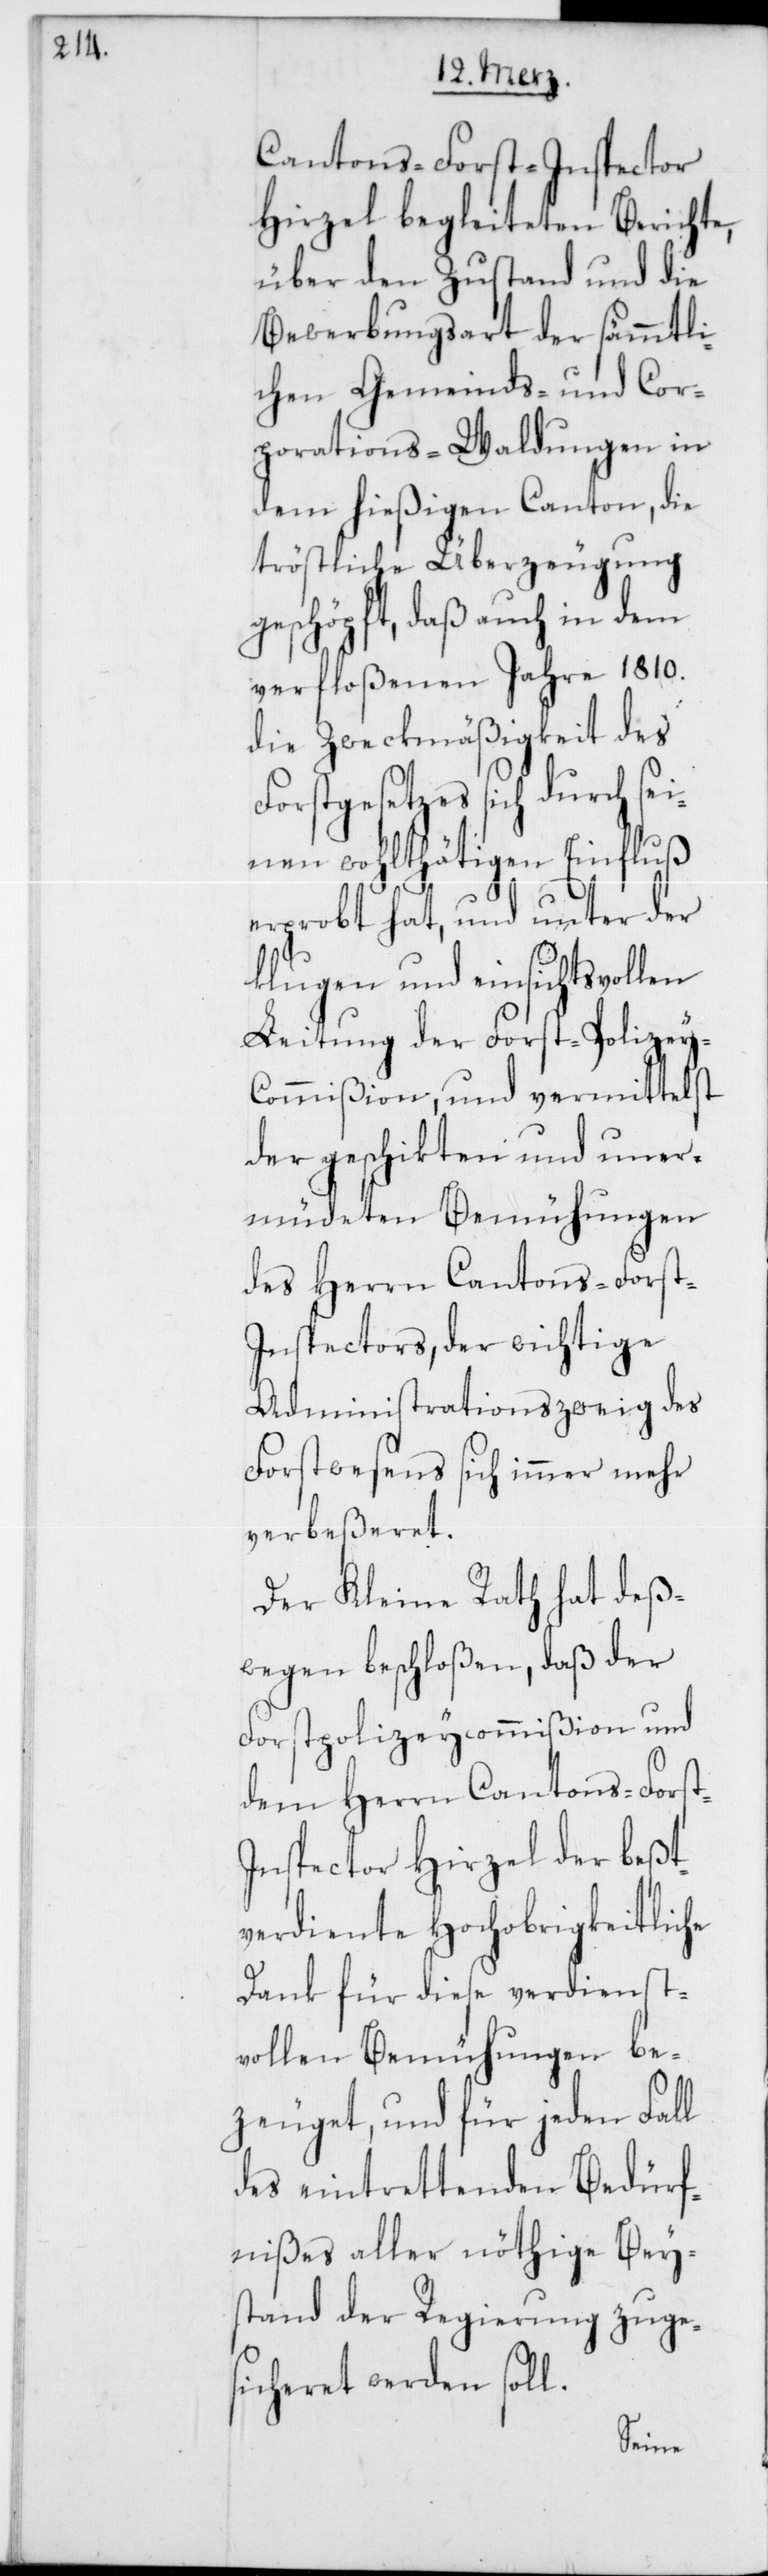
Cantons-Forst-Inspector
Hirzel begleiteten Berichte,
über den Zustand und die
Bewerbungsart der sämmtli¬
chen Gemeinds- und Cor¬
porations-Waldungen in
dem hießigen Canton, die
tröstliche Überzeugung
geschöpft, daß auch in dem
verfloßenen Jahre 1810.
die Zweckmäßigkeit des
Forstgesetzes sich durch sei¬
nen wohlthätigen Einfluß
erprobt hat, und unter der
klugen und einsichtsvollen
Leitung der Forst-Polizey-C¬
ommißion, und vermittelst
der geschikten und uner¬
müdeten Bemühungen
des Herren Cantons-Forst-I¬
nspectors, der wichtige
Administrationszweig des
Forstwesens sich immer mehr
verbeßeret.
Der Kleine Rath hat deß¬
wegen beschloßen, daß der
Forstpolizeycommißion und
dem Herrn Cantons-Forst¬
inspector Hirzel der beßt¬
verdiente Hochobrigkeitliche
Dank für diese verdienst¬
vollen Bemühungen be¬
zeuget, und für jeden Fall
des eintrettenden Bedürf¬
nißes aller nöthige Bey¬
stand der Regierung zuge¬
sicheret werden soll.